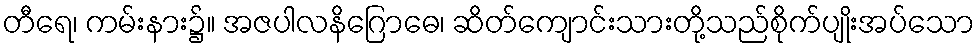
တီရေ၊ ကမ်းနား၌။ အဇပါလနိဂြောဓေ၊ ဆိတ်ကျောင်းသားတို့သည်စိုက်ပျိုးအပ်သော